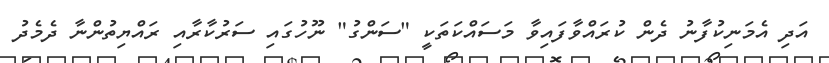
އަދި އެމަނިކުފާނު ދެން ކުރައްވާފައިވާ މަސައްކަތަކީ "ސަންގު" ނޫހުގައި ސަރުކާރާއި ރައްޔިތުންނާ ދެމެދު